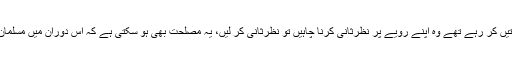
یہ مصلحت بھی ہو سکتی ہے کہ معاہدے کے باوجود جو لوگ شرارتیں کر رہے تھے وہ اپنے رویے پر نظرثانی کرنا چاہیں تو نظرثانی کر لیں، یہ مصلحت بھی ہو سکتی ہے کہ اس دوران میں مسلمان اپنے اس اہم اقدام سے پوری طرح یک سو، منظم اور تیار ہو جائیں۔